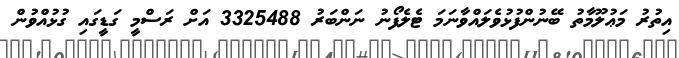
އިތުރު މަޢުލޫމާތު ބޭނުންފުޅުވެލައްވާނަމަ ޓެލެފޯނު ނަންބަރު 3325488 އަށް ރަސްމީ ގަޑީގައި ގުޅުއްވުން